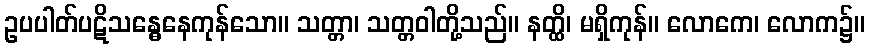
ဥပပါတ်ပဋိသန္ဓေနေကုန်သော။ သတ္တာ၊ သတ္တဝါတို့သည်။ နတ္ထိ၊ မရှိကုန်။ လောကေ၊ လောက၌။